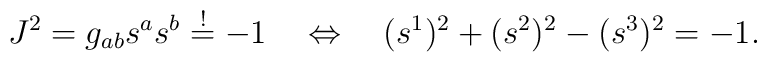
J^2 = g_{ab} s^a s^b \stackrel{!}{=} -1 \quad \Leftrightarrow \quad    (s^1)^2 + (s^2)^2 - (s^3)^2 = -1 .